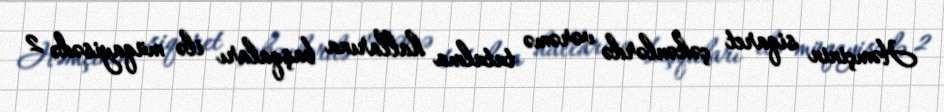
Həmçinin siqaret çəkənlərdə vərəmə tutulma hallarına başqaları ilə müqayisədə 2